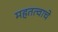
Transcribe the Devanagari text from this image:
महतत्वाचे